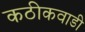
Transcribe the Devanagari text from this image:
कठीकवाडी